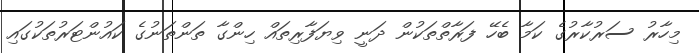
މިހާރު ސަރުކާރުގެ ކަމާ ބެހޭ ފަރާތްތަކުން ދަނީ ވިޔަފާރިތައް ހިންގާ ތަންތަނުގެ ކައުންޓަރުތަކުގައި